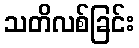
သတိလစ်ခြင်း